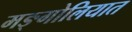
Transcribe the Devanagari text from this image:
मङ्गोलियात